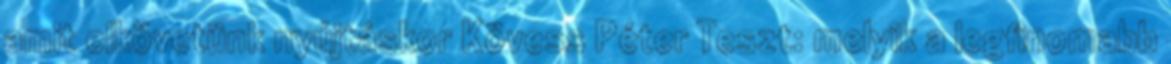
amit elkövetünk nyújtáskor Kövess Péter Teszt: melyik a legfinomabb